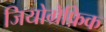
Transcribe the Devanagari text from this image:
जियोग्रेफ़िक